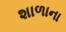
શાળાના